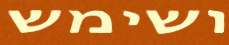
ושימש